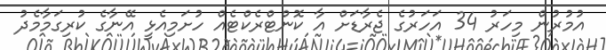
އުމުރުން މިހަރު 34 އަހަރުގެ ޖެރާޑަށް އާ ކޮންޓްރެކްޓެއް ހުށަމިއެޅީ އޭނާގެ ކުރިގަމާމެދު